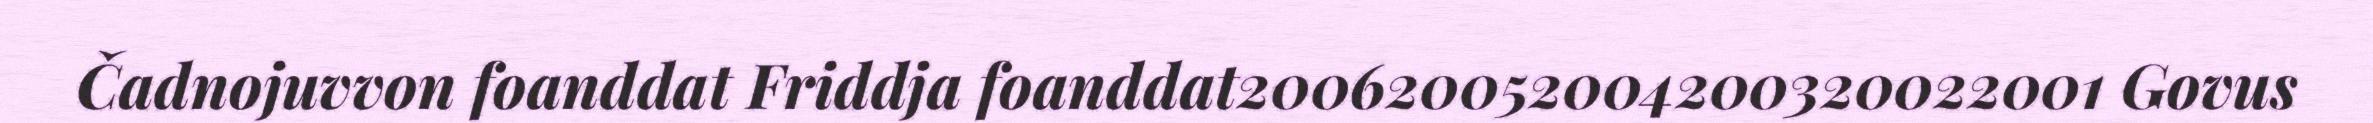
Čadnojuvvon foanddat Friddja foanddat200620052004200320022001 Govus